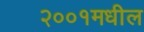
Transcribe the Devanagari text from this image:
२००१मधील